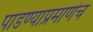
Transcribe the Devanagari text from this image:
पाडण्याप्रमाणेच